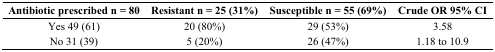
| Antibiotic prescribed n = 80 | Resistant n = 25 (31%) | Susceptible n = 55 (69%) | Crude OR 95% CI |
 | --- | --- | --- | --- |
 | Yes 49 (61) | 20 (80%) | 29 (53%) | 3.58 |
 | No 31 (39) | 5 (20%) | 26 (47%) | 1.18 to 10.9 |